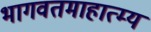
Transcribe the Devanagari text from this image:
भागवतमाहात्म्य